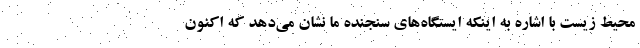
محیط زیست با اشاره به اینکه ایستگاه‌های سنجنده ما نشان می‌دهد که اکنون